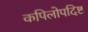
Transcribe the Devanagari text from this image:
कपिलोपदिष्ट